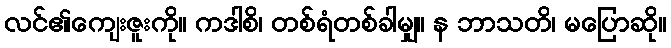
လင်၏ကျေးဇူးကို။ ကဒါစိ၊ တစ်ရံတစ်ခါမျှ။ န ဘာသတိ၊ မပြောဆို။